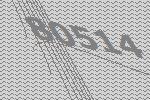
80514